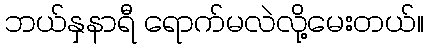
ဘယ်နှနာရီ ရောက်မလဲလို့မေးတယ်။